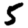
Digit: 5